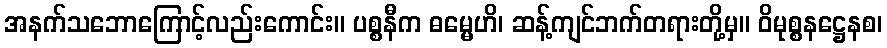
အနက်သဘောကြောင့်လည်းကောင်း။ ပစ္စနီက ဓမ္မေဟိ၊ ဆန့်ကျင်ဘက်တရားတို့မှ။ ဝိမုစ္စနဋ္ဌေနစ၊